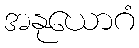
အနုယောဂံ